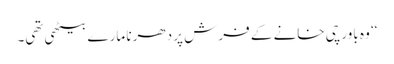
‘‘ وہ باورچی خانے کے فرش پر دھرنا مارے بیٹھی تھی۔